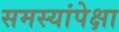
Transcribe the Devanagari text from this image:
समस्यांपेक्षा